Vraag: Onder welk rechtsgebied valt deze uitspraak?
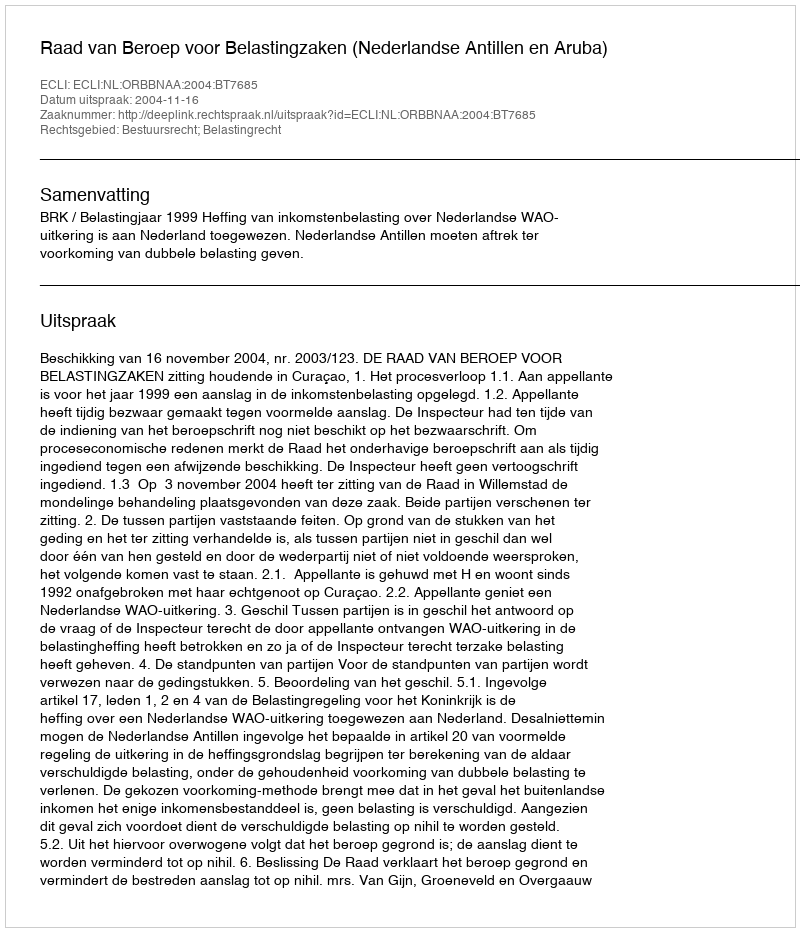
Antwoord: Bestuursrecht; Belastingrecht